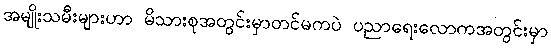
အမျိုးသမီးများဟာ မိသားစုအတွင်းမှာတင်မကပဲ ပညာရေးလောကအတွင်းမှာ